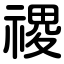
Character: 禝